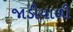
જાડીયાળી